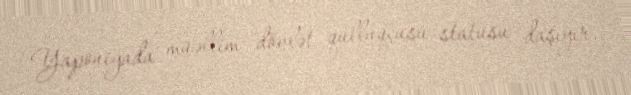
Yaponiyada müəllim dövlət qulluqçusu statusu daşıyır.